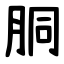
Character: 胴